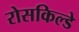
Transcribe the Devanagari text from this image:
रोसकिल्डे